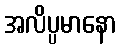
အလိပ္ပမာနော